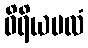
ဝိရိယဗလံ